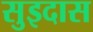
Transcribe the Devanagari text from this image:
सुइदास